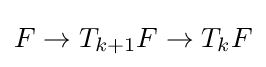
F\to T_{k+1}F\to T_{k}F